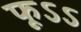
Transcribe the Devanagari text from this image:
फूऽऽ